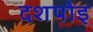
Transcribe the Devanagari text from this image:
दशपोइ